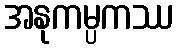
အနုကမ္ပကဿ